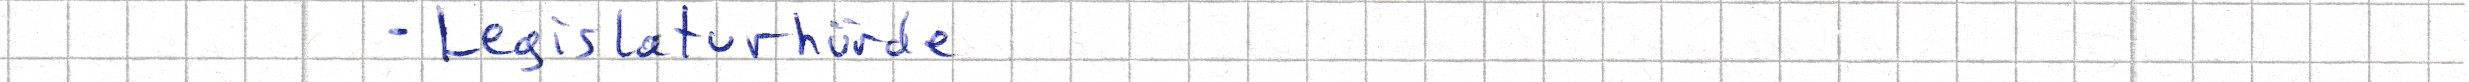
- Legislaturhürde